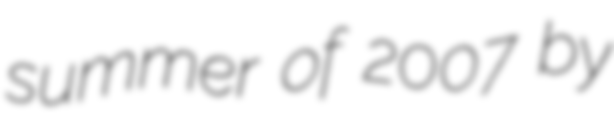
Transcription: summer of 2007 by